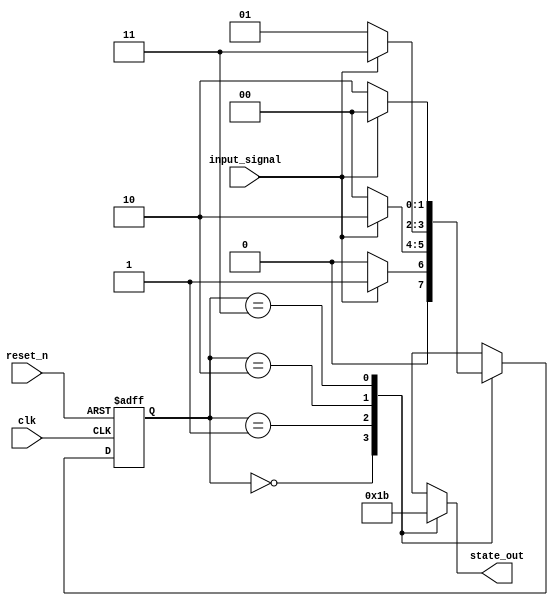
module moore_fsm (
    input wire clk,          // Clock signal
    input wire reset_n,      // Active low asynchronous reset
    input wire input_signal,  // Input signal that influences state transitions
    output reg [1:0] state_out // Output state (2 bits for 4 states)
);

// State encoding
localparam STATE0 = 2'b00; // State 0
localparam STATE1 = 2'b01; // State 1
localparam STATE2 = 2'b10; // State 2
localparam STATE3 = 2'b11; // State 3

// Current state and next state variables
reg [1:0] current_state, next_state;

// Combinational logic for next state logic
always @(*) begin
    case (current_state)
        STATE0: begin
            if (input_signal)
                next_state = STATE1;
            else
                next_state = STATE0;
        end
        STATE1: begin
            if (input_signal)
                next_state = STATE2;
            else
                next_state = STATE0; // Transition back to STATE0
        end
        STATE2: begin
            if (input_signal)
                next_state = STATE3;
            else
                next_state = STATE1; // Transition back to STATE1
        end
        STATE3: begin
            if (input_signal)
                next_state = STATE0; // Transition back to STATE0
            else
                next_state = STATE2; // Transition back to STATE2
        end
        default: next_state = STATE0; // Default to STATE0
    endcase
end

// Sequential logic for state transition and output generation
always @(posedge clk or negedge reset_n) begin
    if (!reset_n) begin
        current_state <= STATE0; // Asynchronous reset to STATE0
    end else begin
        current_state <= next_state; // Update current state on clock edge
    end
end

// Output logic (Moore output)
always @(current_state) begin
    case (current_state)
        STATE0: state_out = 2'b00; // Output for STATE0
        STATE1: state_out = 2'b01; // Output for STATE1
        STATE2: state_out = 2'b10; // Output for STATE2
        STATE3: state_out = 2'b11; // Output for STATE3
        default: state_out = 2'b00; // Default output
    endcase
end

endmodule